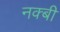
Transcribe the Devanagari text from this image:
नक्बी